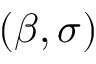
( \beta , \sigma )